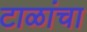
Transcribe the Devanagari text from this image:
टाळांचा